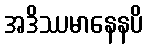
အဒိဿမာနေနပိ